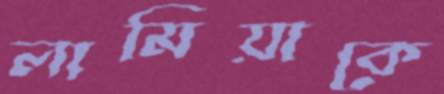
লামিয়াকে